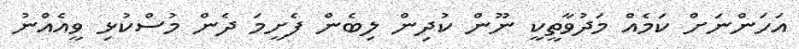
އަހަންނަށް ކަމެއް މަދުވާތީކީ ނޫން ކުދިން ލިބެން ފެށީމަ ދެން މުސްކުޅި ވީއެއްނު